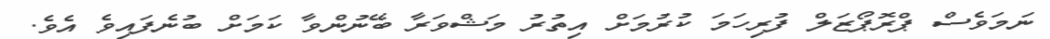
ނަމަވެސް ޕްރޮޕޯޒަލް ފުރިހަމަ ކުރުމަށް އިތުރު މަޝްވަރާ ބޭނުންވާ ކަމަށް ބުނެފައިވެ އެވެ.